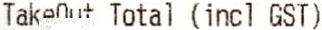
TAKEOUT TOTAL (INCL GST)